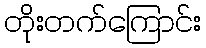
တိုးတက်ကြောင်း